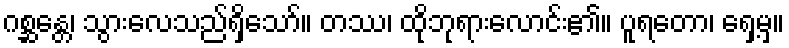
ဂစ္ဆန္တေ၊ သွားလေသည်ရှိသော်။ တဿ၊ ထိုဘုရားလောင်း၏။ ပူရတော၊ ရှေ့မှ။